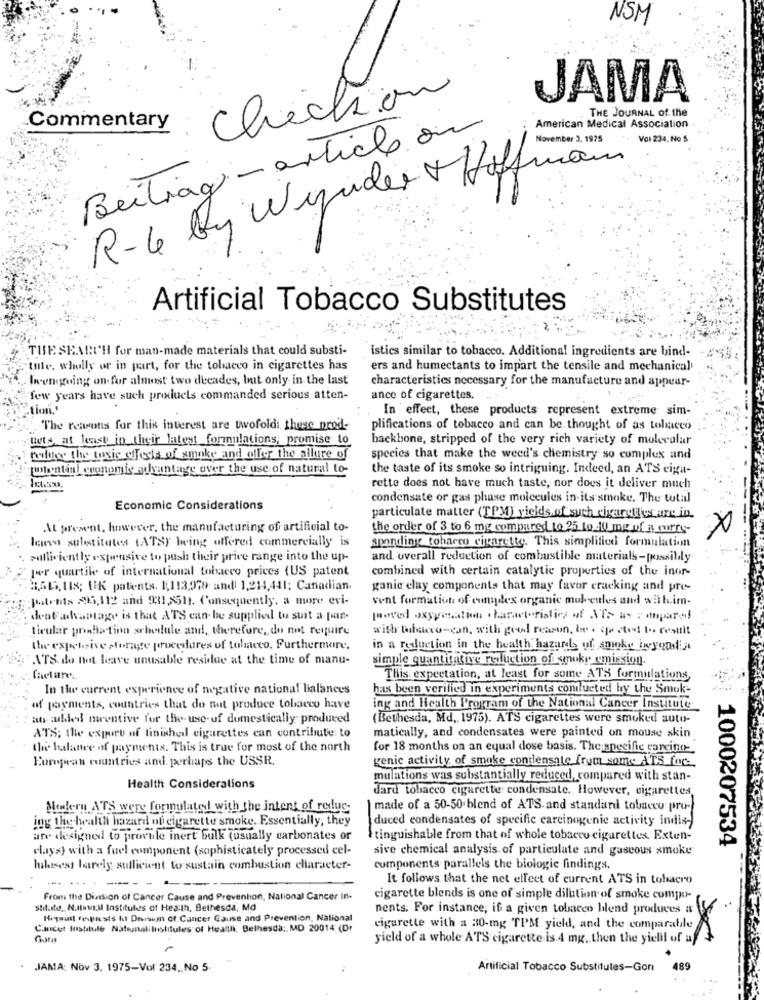
NSM
Chection
JAMA
THE JOURNAL of the
Commentary
Beiling - article on
American Medical Association
** Vol 234, No 5
R-6 by Wizuder + Hoffmann
Artificial Tobacco Substitutes
THE SEARCH for man-made materials that could substi-
istics similar to tobacco. Additional ingredients are bind-
"talle, wholly or in part, for the tobacco in cigarettes has
ers and humectants to impart the tensile and mechanical
Invnrgoing on for almost two decades, but only in the last
characteristics necessary for the manufacture and appear-
few years have such products commanded serious atten-
ance of cigarettes.
.tion."
In effect, these products represent extreme sim-
The reasons for this interest are twofoldi. these prod-
plifications of tobacco and can be thought of as tobacco
nuts at least in their latest formulations, promise to
backbone, stripped of the very rich variety of molecular
pluss the toxic effects of smoke and offer the allure of
species that make the weed's chemistry so complex and
whential conomis advantage over the use of natural to-
the taste of its smoke so intriguing. Indeed, an ATS ciga-
rette does not have much taste, nor does it deliver much
condensate or gas phase molecules in its smoke. The total
Economic Considerations
particulate matter (TPM) yields.of such cigarettes are in.
At present, however, the manufacturing of artificial to-
the order of 3 to 6 mg compared to 25.lo 10 mg of a curry-
X
Ines substitutes (ATS) being offered commercially is
sponding tobacco cigarette. This simplified formulation
milliciently expensive to push their price range into the up-
and overall reduction of combustible materials-possibly
Joer quartile of international tobacco prices (US patent
combined with certain catalytic properties of the inor-
BAG, UI8; UK patients. 1;113,979 and 1,214,411; Canadian.
ganie clay components that may favor cracking and pre-
:: patents 295,112 and 931,2511. Consequently. a more evi-
vent formation of complex organic molecules and sab.im-
dentadvantage is that ATS can be supplied to suit a-pan-
[woved oxygenation . haractoristics of Nis as : anpara!
ticular grafiafinn schedule and, therefore, do not require
with tabsuro-can, with good reason, be . sected to result
the expensive storage procedures of tobacco. Furthermore,
in a reduction in the health hazard of smoke inyonsdia
ATS. do not leave unusable residue at the time of manu-
simple quantitative reduction ofroky emission.
facture
This expectation, at least for some ATS formulations,
In the current experience of negative national balances
has been verified in experiments conducted by the Smuk-
of payments, countries that do not produce tobacco have
ing and Health Program of the National Cancer Institute
at alledd mcentive for the- use of domestically- produced
(Bethesda, Md, 1975). ATS cigarettes were smoked auto-
ATS; the export of finished cigarettes can contribute to
matically, and condensates were painted on mouse skin
the halattre of payments. This is true for most of the north
for 18 months on an equal dose basis. Thespecific carcino
Eumyparan countries and. perhaps the USSR.
genic activity of smoke condensale frum some ATS fac
mulations was substantially reduced, compared with stan-
Health Considerations
dard tobacco cigarette: condensate. However, cigarettes
Modern ATS were formulated with the intent of redus-
made of a 50-50 blend of ATS. and standard tobacco pru-
ing the health hazard of cigarette smoke. Essentially, they
duced condensates of specific carcinogenic activity indis-
are designed to provide inert bulk (usually carbonates or
tinguishable from that of whole tobacco cigarettes. Exten-
1000207534
clays) with a fuel component (sophisticately processed cel-
sive chemical analysis of particulate and gaseous smoke
hbisess barely sufficient to sustain combustion character-
components parallels the biologie findings.
It follows that the net effect of current ATS in tolacro
From the Division of Cancer Cause and Prevention, National Cancer In-
cigarette blends is one of simple dilution of smoke compo-
stilato, Nutswil Institutes of Heaith, Bethesda, Md
nents: For instance, if a given tobacco blend produces a
Reguil feupasts hot Divrsum of Cancer Cause and Prevention, National
C'incet fustilule Natsunalitrolitules of Healthi, Bethesda ;, MD 20014 (Dr
cigarette with a 30-mg TPM yield, and the comparable
yield of a whole ATS cigarette is.4 mg. then the yielil of a
JAMA: Nov 3. 1975-Vol 234 ., No 5.
Artificial Tobacco Substitutes-Gori
489